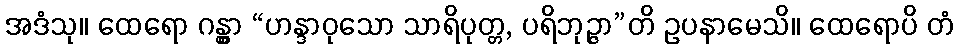
အဒံသု။ ထေရော ဂန္တွာ “ဟန္ဒာဝုသော သာရိပုတ္တ, ပရိဘုဉ္ဇာ”တိ ဥပနာမေသိ။ ထေရောပိ တံ